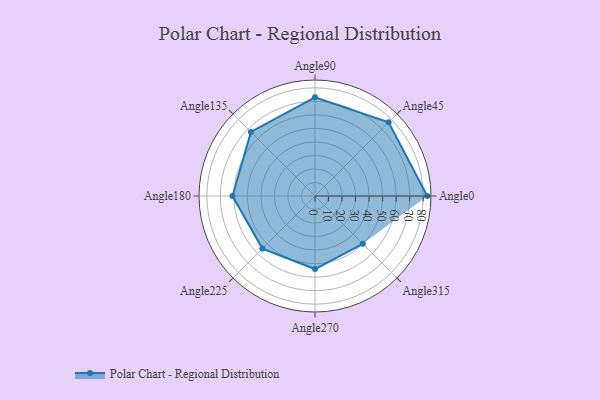
{"axis": {"x": "Angle", "y": "Radius"}, "legend": [""], "data": [{"x": "Angle0", "y": 83.0, "type": ""}, {"x": "Angle45", "y": 77.0, "type": ""}, {"x": "Angle90", "y": 73.0, "type": ""}, {"x": "Angle135", "y": 67.0, "type": ""}, {"x": "Angle180", "y": 61.0, "type": ""}, {"x": "Angle225", "y": 55.0, "type": ""}, {"x": "Angle270", "y": 54.0, "type": ""}, {"x": "Angle315", "y": 50, "type": ""}]}